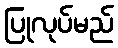
ပြုလုပ်မည်